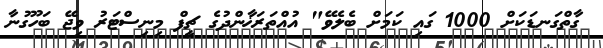
ގާތްގަނޑަކަށް 1000 ގައި ކަމަށް ބެލެވޭ" އުއްތަރަޚާންދުގެ ޗީފް މިނިސްޓަރު ވިޖޭ ބަހޫގުނާ